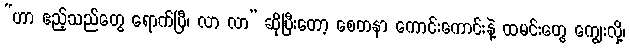
“ဟာ ဧည့်သည်တွေ ရောက်ပြီ၊ လာ လာ” ဆိုပြီးတော့ စေတနာ ကောင်းကောင်းနဲ့ ထမင်းတွေ ကျွေးလို့၊